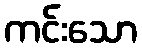
ကင်းသော